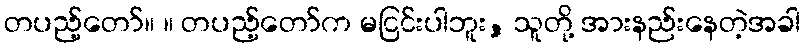
တပည့်တော်။ ။ တပည့်တော်က မငြင်းပါဘူး, သူတို့ အားနည်းနေတဲ့အခါ